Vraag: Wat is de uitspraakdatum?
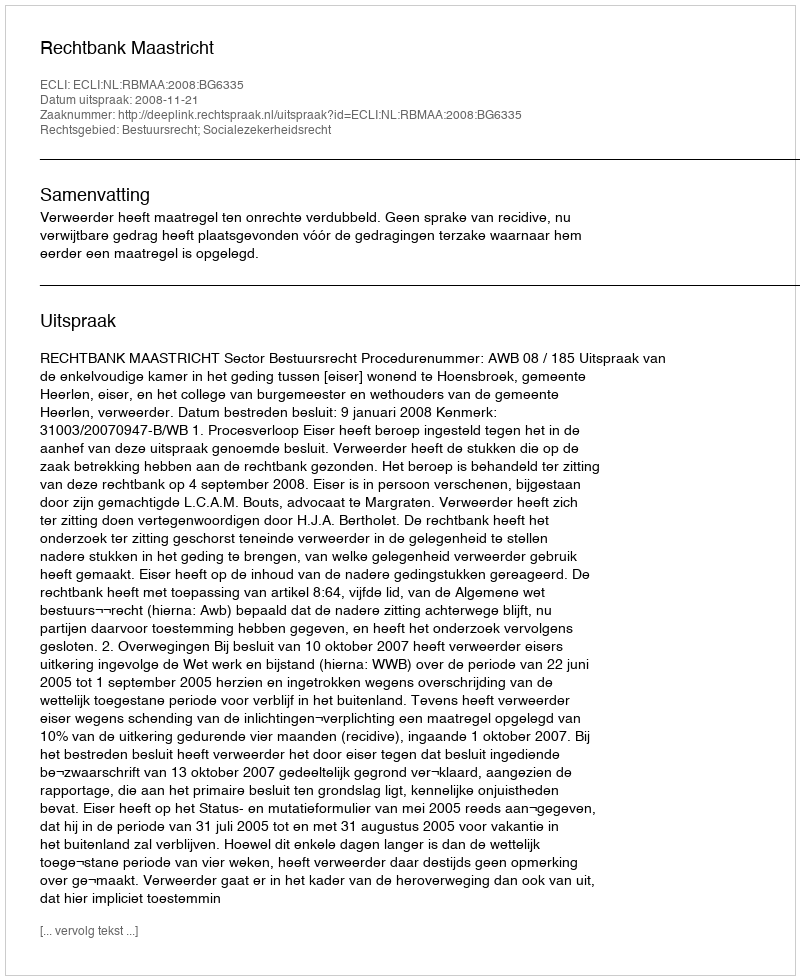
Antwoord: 2008-11-21